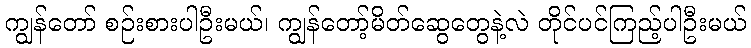
ကျွန်တော် စဉ်းစားပါဦးမယ်၊ ကျွန်တော့်မိတ်ဆွေတွေနဲ့လဲ တိုင်ပင်ကြည့်ပါဦးမယ်